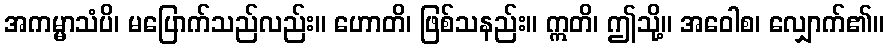
အကမ္မာသံပိ၊ မပြောက်သည်လည်း။ ဟောတိ၊ ဖြစ်သနည်း။ ဣတိ၊ ဤသို့။ အဝေါစ၊ လျှောက်၏။